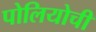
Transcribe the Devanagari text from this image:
पोलियोची